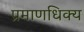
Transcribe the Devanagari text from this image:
प्रमाणधिक्य